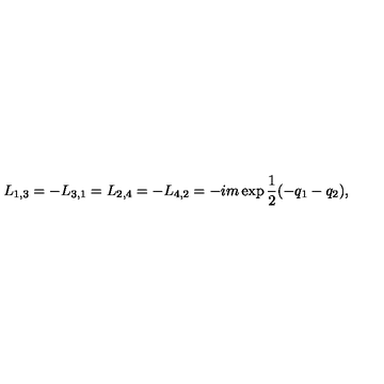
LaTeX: L _ { 1 , 3 } = - L _ { 3 , 1 } = L _ { 2 , 4 } = - L _ { 4 , 2 } = - i m \exp { \frac { 1 } { 2 } } ( - q _ { 1 } - q _ { 2 } ) ,